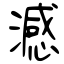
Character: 澸